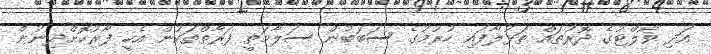
އަދި ވޯލްޓުގެ ދޮރުތައް ތަޅުލާފައި ހުރުމުގެ ސަބަބުން ސަލާމަތީ ފަރާތްތަކުން އެހީ ފޯރުކޮށްދިނުން